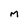
Character: M